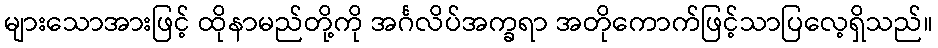
များသောအားဖြင့် ထိုနာမည်တို့ကို အင်္ဂလိပ်အက္ခရာ အတိုကောက်ဖြင့်သာပြလေ့ရှိသည်။